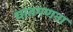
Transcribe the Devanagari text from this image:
घातगणना